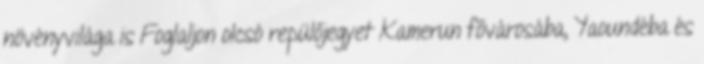
növényvilága is Foglaljon olcsó repülőjegyet Kamerun fővárosába, Yaoundéba és